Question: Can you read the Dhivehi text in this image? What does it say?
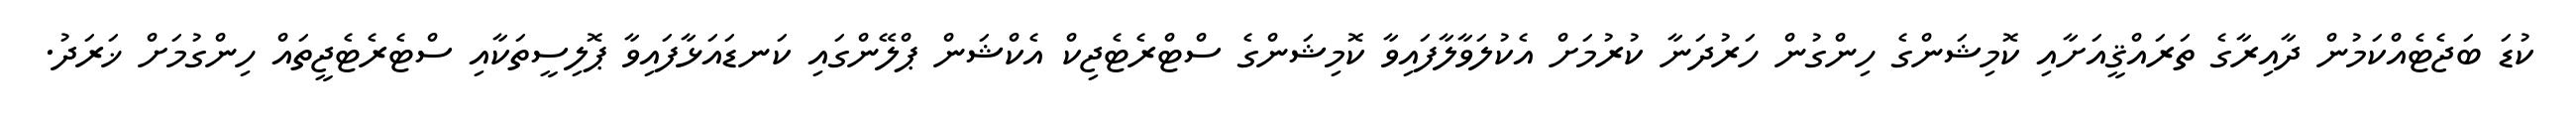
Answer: ކުޑަ ބަޖެޓެއްކަމުން ދާއިރާގެ ތަރައްޤީއަށާއި ކޮމިޝަންގެ ހިންގުން ހަރުދަނާ ކުރުމަށް އެކުލަވާލާފައިވާ ކޮމިޝަންގެ ސްޓްރެޓެޖިކް އެކްޝަން ޕްލޭންގައި ކަނޑައަޅާފައިވާ ޕޮލިސީތަކާއި ސްޓެރެޓެޖީތައް ހިންގުމަށް ޚަރަދު.